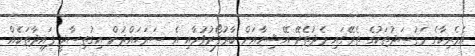
އެމެރިކާގެ މަޤުޞަދުތަކުގެ ތެރޭގައި މެދުތެރޭ އޭޝިޔާއަށް ބާރުފޯރުވުމާއި އެ ސަރަޙައްދުން އިގުތިސާދީ ފައިދާތަކެއް